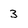
Character: 3